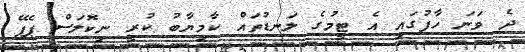
ދެ ވަނަ ހާފުގައި އެ ޓީމުގެ ލަނޑުތައް ކާމިޔާބު ކުރީ ނިކޮލަސް ޕެޕޭ